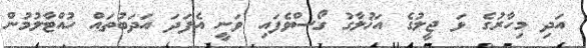
އަދި މިހާރުގެ ޅަ ޖީލުގެ އަޚުލާގު ގޯސްވެފައި ވަނީ އެފަދަ އަދަބުތައް ހުއްޓާލުމުން